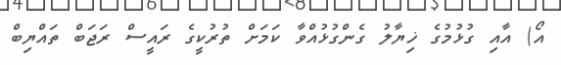
އޯ) އާއި ގުޅުމުގެ ޚިޔާލު ގެންގުޅުއްވާ ކަމަށް ތުރުކީގެ ރައީސް ރަޖަބް ތައްޔިބް